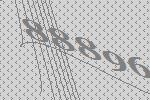
88896